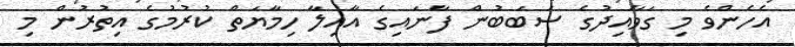
އެހެންވެ މި ގަވާއިދުގެ ސަބަބުން ފާނައިގެ އާއިލާ ހިމާޔަތް ކުރުމުގެ އިތުރުން މި